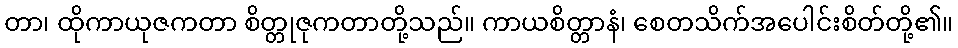
တာ၊ ထိုကာယုဇကတာ စိတ္တုဇုကတာတို့သည်။ ကာယစိတ္တာနံ၊ စေတသိက်အပေါင်းစိတ်တို့၏။